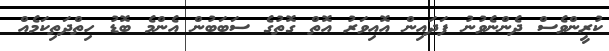
ކުރީންވެސް ދެންނެވުނު ފަދައިން އޮއިވަރު އޮތް ގޮތުގެ ސަބަބުން އެންމެ ބޮޑު ހިތްދަތިކަމެއް